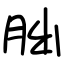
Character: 胐